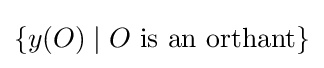
\{y(O)\mid O{\text{ is an orthant}}\}